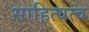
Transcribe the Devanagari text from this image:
साहित्यत्व